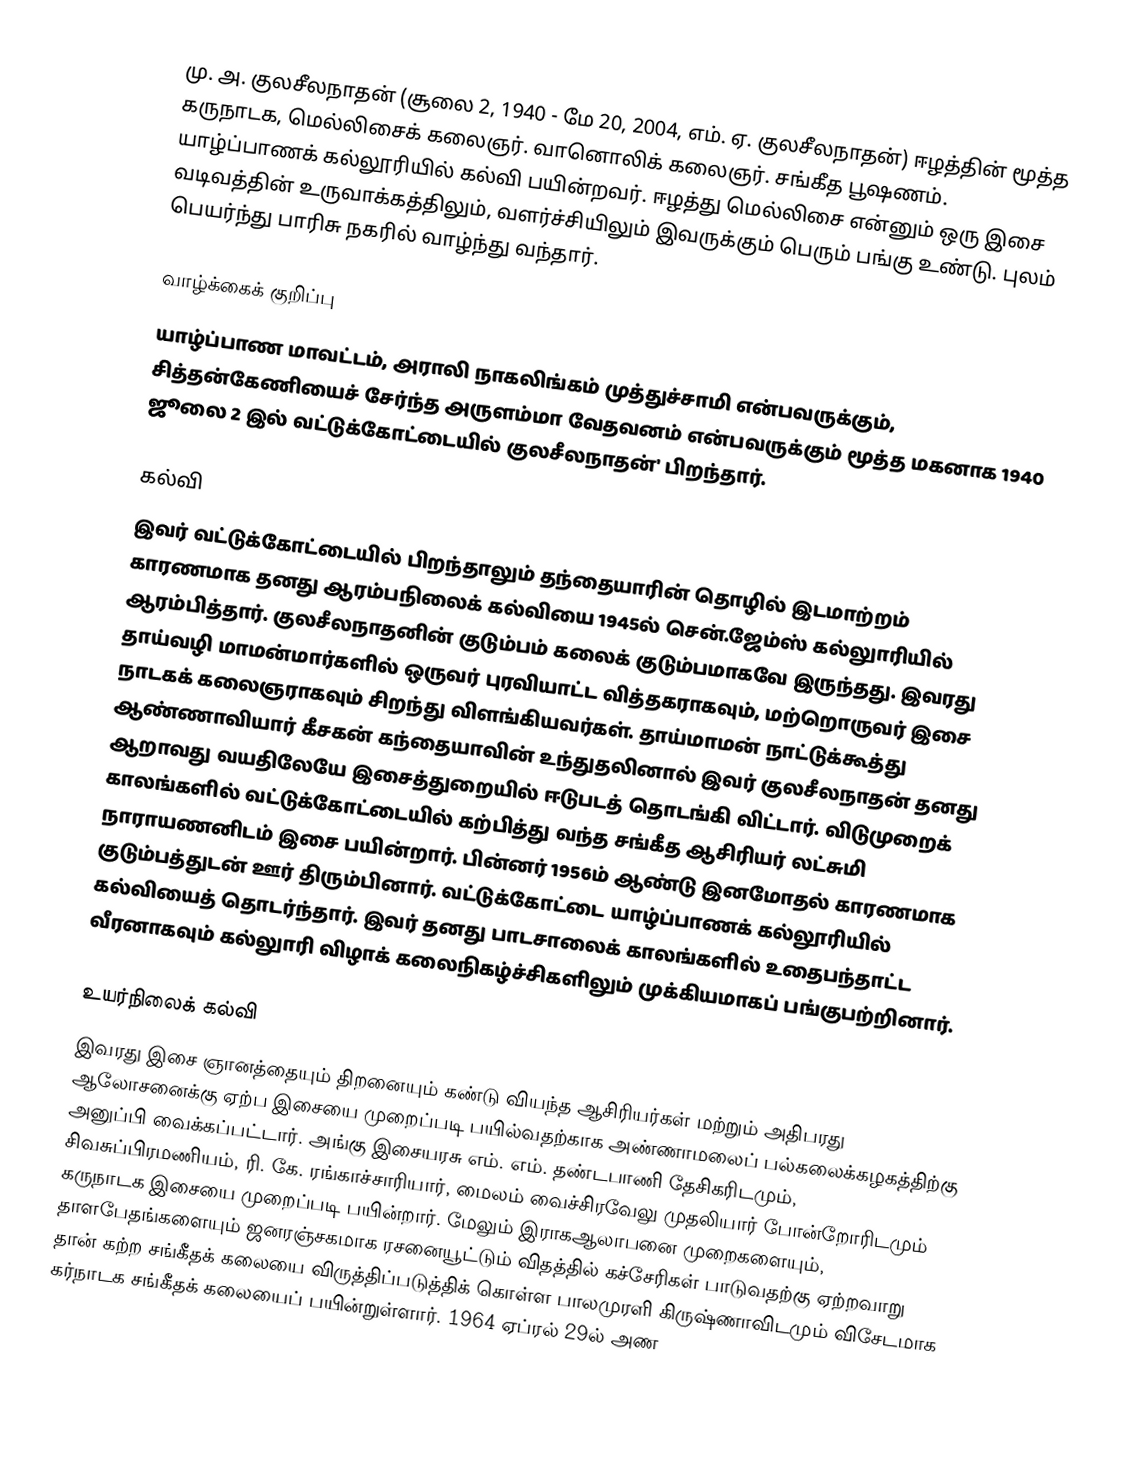
மு. அ. குலசீலநாதன் (சூலை 2, 1940 - மே 20, 2004, எம். ஏ. குலசீலநாதன்) ஈழத்தின் மூத்த கருநாடக, மெல்லிசைக் கலைஞர். வானொலிக் கலைஞர். சங்கீத பூஷணம். யாழ்ப்பாணக் கல்லூரியில் கல்வி பயின்றவர். ஈழத்து மெல்லிசை என்னும் ஒரு இசை வடிவத்தின் உருவாக்கத்திலும், வளர்ச்சியிலும் இவருக்கும் பெரும் பங்கு உண்டு. புலம் பெயர்ந்து பாரிசு நகரில் வாழ்ந்து வந்தார்.

வாழ்க்கைக் குறிப்பு
யாழ்ப்பாண மாவட்டம், அராலி நாகலிங்கம் முத்துச்சாமி என்பவருக்கும், சித்தன்கேணியைச் சேர்ந்த அருளம்மா வேதவனம் என்பவருக்கும் மூத்த மகனாக 1940 ஜூலை 2 இல் வட்டுக்கோட்டையில் குலசீலநாதன்' பிறந்தார்.

கல்வி
இவர் வட்டுக்காேட்டையில் பிறந்தாலும் தந்தையாரின் தாெழில் இடமாற்றம் காரணமாக தனது ஆரம்பநிலைக் கல்வியை 1945ல் சென்.ஜேம்ஸ் கல்லுாரியில் ஆரம்பித்தார். குலசீலநாதனின் குடும்பம் கலைக் குடும்பமாகவே இருந்தது. இவரது தாய்வழி மாமன்மார்களில் ஒருவர் புரவியாட்ட வித்தகராகவும், மற்றாெருவர் இசை நாடகக் கலைஞராகவும் சிறந்து விளங்கியவர்கள். தாய்மாமன் நாட்டுக்கூத்து ஆண்ணாவியார் கீசகன் கந்தையாவின் உந்துதலினால் இவர் குலசீலநாதன் தனது ஆறாவது வயதிலேயே இசைத்துறையில் ஈடுபடத் தொடங்கி விட்டார். விடுமுறைக் காலங்களில் வட்டுக்காேட்டையில் கற்பித்து வந்த சங்கீத ஆசிரியர் லட்சுமி நாராயணனிடம் இசை பயின்றார். பின்னர் 1956ம் ஆண்டு இனமோதல் காரணமாக குடும்பத்துடன் ஊர் திரும்பினார். வட்டுக்காேட்டை யாழ்ப்பாணக் கல்லூரியில் கல்வியைத் தாெடர்ந்தார். இவர் தனது பாடசாலைக் காலங்களில் உதைபந்தாட்ட வீரனாகவும் கல்லுாரி விழாக் கலைநிகழ்ச்சிகளிலும் முக்கியமாகப் பங்குபற்றினார்.

உயர்நிலைக் கல்வி
இவரது இசை ஞானத்தையும் திறனையும் கண்டு வியந்த ஆசிரியர்கள் மற்றும் அதிபரது ஆலாேசனைக்கு ஏற்ப இசையை முறைப்படி பயில்வதற்காக அண்ணாமலைப் பல்கலைக்கழகத்திற்கு அனுப்பி வைக்கப்பட்டார். அங்கு இசையரசு எம். எம். தண்டபாணி தேசிகரிடமும், சிவசுப்பிரமணியம், ரி. கே. ரங்காச்சாரியார், மைலம் வைச்சிரவேலு முதலியார் போன்றோரிடமும் கருநாடக இசையை முறைப்படி பயின்றார். மேலும் இராகஆலாபனை முறைகளையும், தாளபேதங்களையும் ஜனரஞ்சகமாக ரசனையூட்டும் விதத்தில் கச்சேரிகள் பாடுவதற்கு ஏற்றவாறு தான் கற்ற சங்கீதக் கலையை விருத்திப்படுத்திக் கொள்ள பாலமுரளி கிருஷ்ணாவிடமும் விசேடமாக கர்நாடக சங்கீதக் கலையைப் பயின்றுள்ளார். 1964 ஏப்ரல் 29ல் அண